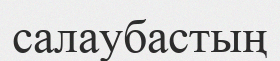
салаубастың